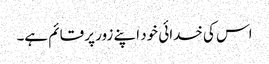
اس کی خدائی خود اپنے زور پر قائم ہے۔